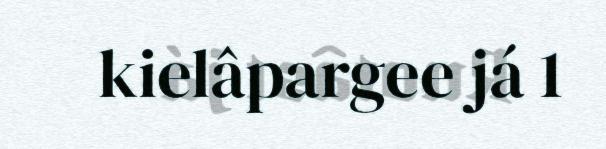
kielâpargee já 1